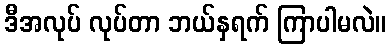
ဒီအလုပ် လုပ်တာ ဘယ်နှရက် ကြာပါမလဲ။